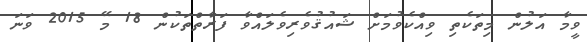
ވީމާ އަލުން މިތަކެތި ވިއްކެވުމަށް ޝައުޤުވެރިވެލައްވާ ފަރާތްތަކުން 18 މޭ 2015 ވަނަ